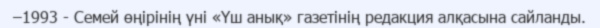
–1993 - Семей өңірінің үні «Үш анық» газетінің редакция алқасына сайланды.